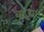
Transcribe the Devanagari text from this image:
बद्था